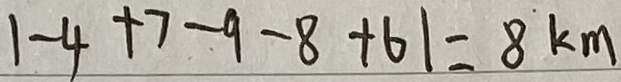
1 - 4 + 7 - 9 - 8 + 6 1 = 8 k m